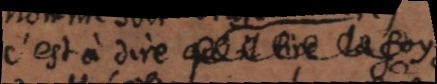
c’est à dire qu’il _ la foy